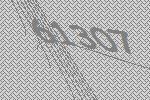
61307